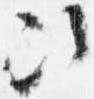
次